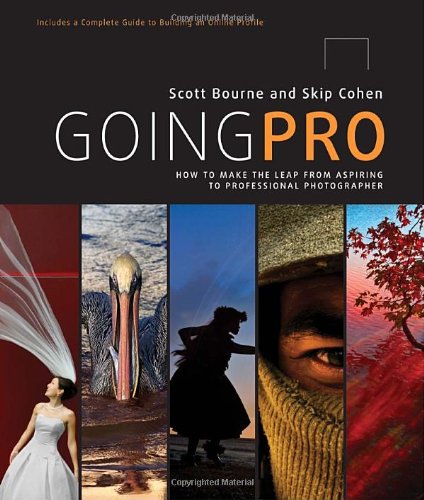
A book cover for Going Pro: How to Make the Leap from Aspiring to Professional Photographer; Scott Bourne; Arts & Photography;